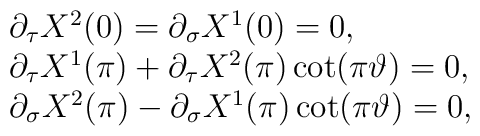
\begin{array}{l}\partial_{\tau}X^{2}(0)=\partial_{\sigma}X^{1}(0)=0, \\\partial_{\tau}X^{1}(\pi)+\partial_{\tau}X^{2}(\pi)\cot(\pi\vartheta)=0, \\\partial_{\sigma}X^{2}(\pi)-\partial_{\sigma}X^{1}(\pi)\cot(\pi\vartheta)=0,\end{array}